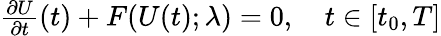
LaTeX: \begin{array}{r}{\frac{\partial U}{\partial t}(t)+F(U(t);\lambda)=0,\quad t\in[t_{0},T]}\end{array}